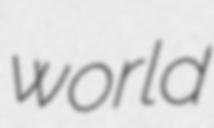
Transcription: world